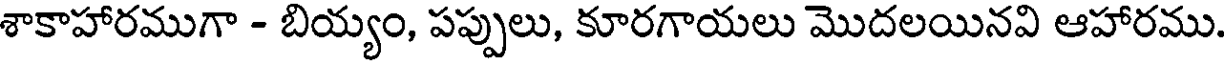
శాకాహారముగా - బియ్యం, పప్పులు, కూరగాయలు మొదలయినవి ఆహారము.